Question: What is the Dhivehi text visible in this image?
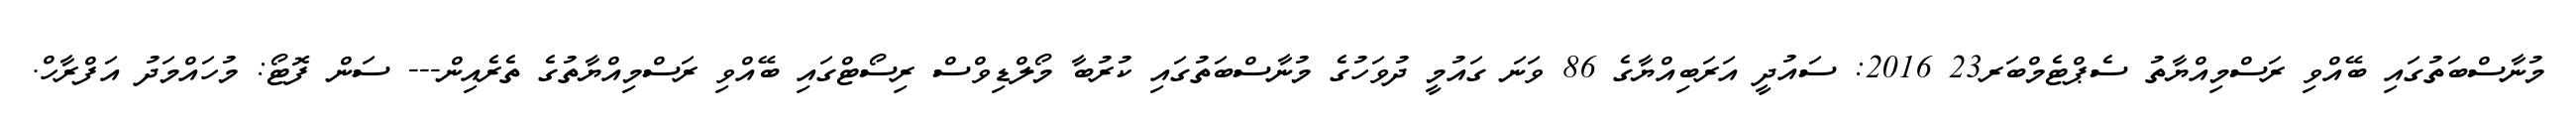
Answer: މުނާސްބަތުގައި ބޭއްވި ރަސްމިއްޔާތު ސެޕްޓެމްބަރ23 2016: ސައުދީ އަރަބިއްޔާގެ 86 ވަނަ ގައުމީ ދުވަހުގެ މުނާސްބަތުގައި ކުރުބާ މޯލްޑިވްސް ރިސޯޓްގައި ބޭއްވި ރަސްމިއްޔާތުގެ ތެރެއިން--- ސަން ފޮޓޯ: މުހައްމަދު އަފްރާހް.